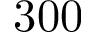
3 0 0